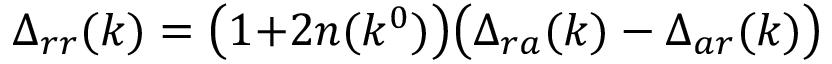
\Delta _ { r r } ( k ) = \bigl ( 1 { + } 2 n ( k ^ { 0 } ) \bigr ) \bigl ( \Delta _ { r a } ( k ) - \Delta _ { a r } ( k ) \bigr )